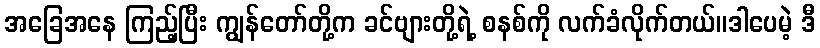
အခြေအနေ ကြည့်ပြီး ကျွန်တော်တို့က ခင်ဗျားတို့ရဲ့ စနစ်ကို လက်ခံလိုက်တယ်။ဒါပေမဲ့ ဒီ